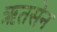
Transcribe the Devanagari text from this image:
ऋतसेन